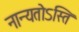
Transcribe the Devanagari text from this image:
नान्यतोऽस्ति